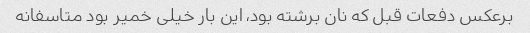
برعکس دفعات قبل که نان برشته بود، این بار خیلی خمیر بود متاسفانه